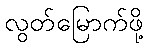
လွတ်မြောက်ဖို့